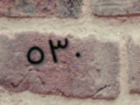
٥٣٠